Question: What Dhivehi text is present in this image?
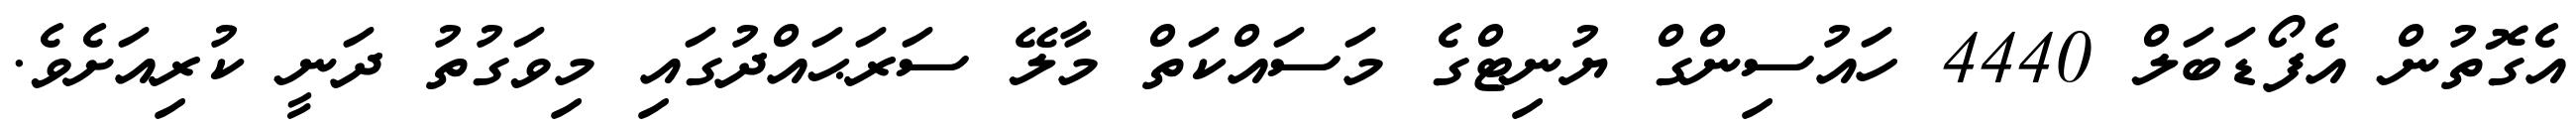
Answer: އެގޮތުން އެފޯޑަބަލް 4440 ހައުސިންގް ޔުނިޓްގެ މަސައްކަތް މާލޭ ސަރަޙައްދުގައި މިވަގުތު ދަނީ ކުރިއަށެވެ.